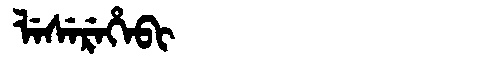
Manchu: ᠯᡝᠰᡝᡵᡝᡥᡝᠪᡳ
Romanization: LESEREHEBI